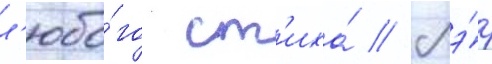
л'юбо́го ст'иха́ // Мэ́р